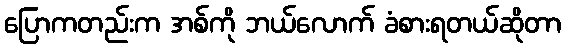
ပြောကတည်းက အစ်ကို ဘယ်လောက် ခံစားရတယ်ဆိုတာ